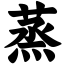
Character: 蒸